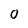
Character: 0